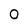
Character: O